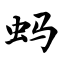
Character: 蚂